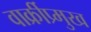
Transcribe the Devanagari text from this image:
वार्क्रीप्र्मुख